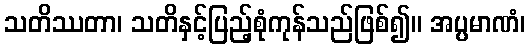
သတိဿတာ၊ သတိနှင့်ပြည့်စုံကုန်သည်ဖြစ်၍။ အပ္ပမာဏံ၊